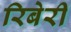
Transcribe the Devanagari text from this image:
रिबेरी